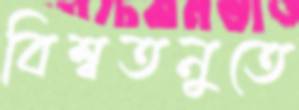
বিশ্বতনুতে